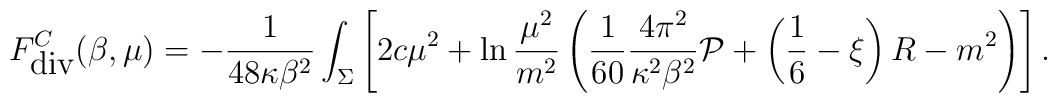
F^C_{\mbox{div}}(\beta,\mu)=-{1 \over 48\kappa \beta^2}\int_{\Sigma}\left[2c\mu^2+\ln{\mu^2 \over m^2}\left({1 \over 60}{4\pi^2 \over \kappa^2\beta^2} {\cal P} +\left(\frac 16-\xi\right) R-m^2\right)\right].